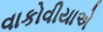
વાકોવીયાએ